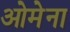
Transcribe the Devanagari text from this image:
ओमेना